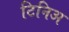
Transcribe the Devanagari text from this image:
टिनिअ